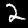
Digit: 2